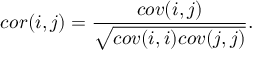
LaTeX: c o r ( i , j ) = \frac { c o v ( i , j ) } { \sqrt { c o v ( i , i ) c o v ( j , j ) } } .